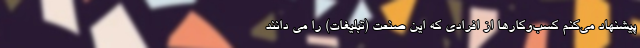
پیشنهاد می‌کنم کسب‌وکارها از افرادی که این صنعت (تبلیغات) را می دانند